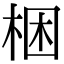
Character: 梱